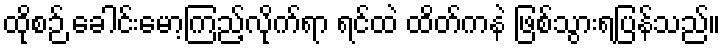
ထိုစဉ် ခေါင်းမော့ကြည့်လိုက်ရာ ရင်ထဲ ထိတ်ကနဲ ဖြစ်သွားရပြန်သည်။